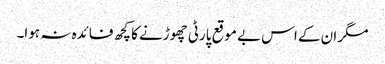
مگر ان کے اس بے موقع پارٹی چھوڑنے کا کچھ فائدہ نہ ہوا۔